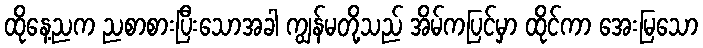
ထိုနေ့ညက ညစာစားပြီးသောအခါ ကျွန်မတို့သည် အိမ်ကပြင်မှာ ထိုင်ကာ အေးမြသော